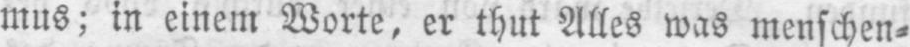
mus; in einem Worte, er thut Alles was menschen⸗